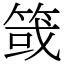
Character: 䈅